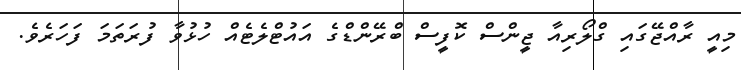
މިއީ ރާއްޖޭގައި ގްލޯރިއާ ޖީންސް ކޮފީސް ބްރޭންޑްގެ އައުޓްލެޓެއް ހުޅުވާ ފުރަތަަމަ ފަހަރެވެ.